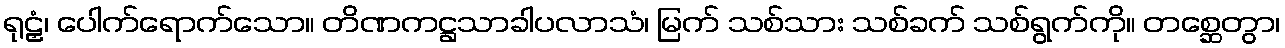
ရုဠှံ၊ ပေါက်ရောက်သော။ တိဏကဋ္ဌသာခါပလာသံ၊ မြက် သစ်သား သစ်ခက် သစ်ရွက်ကို။ တစ္ဆေတွာ၊